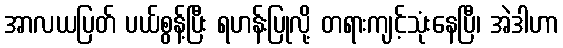
အာလယပြတ် ပယ်စွန့်ပြီး ရဟန်းပြုလို့ တရားကျင့်သုံးနေပြီ၊ အဲဒါဟာ